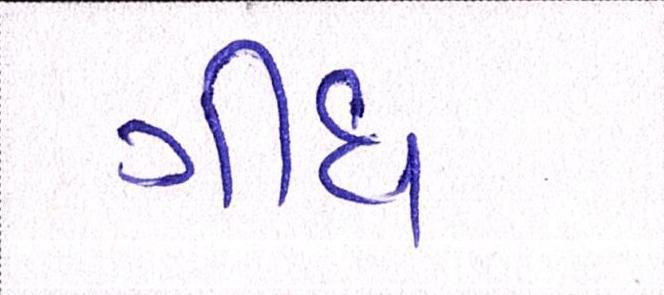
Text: ગીધ